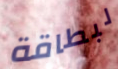
لبطاقة